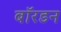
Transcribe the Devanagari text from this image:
बॉरडन